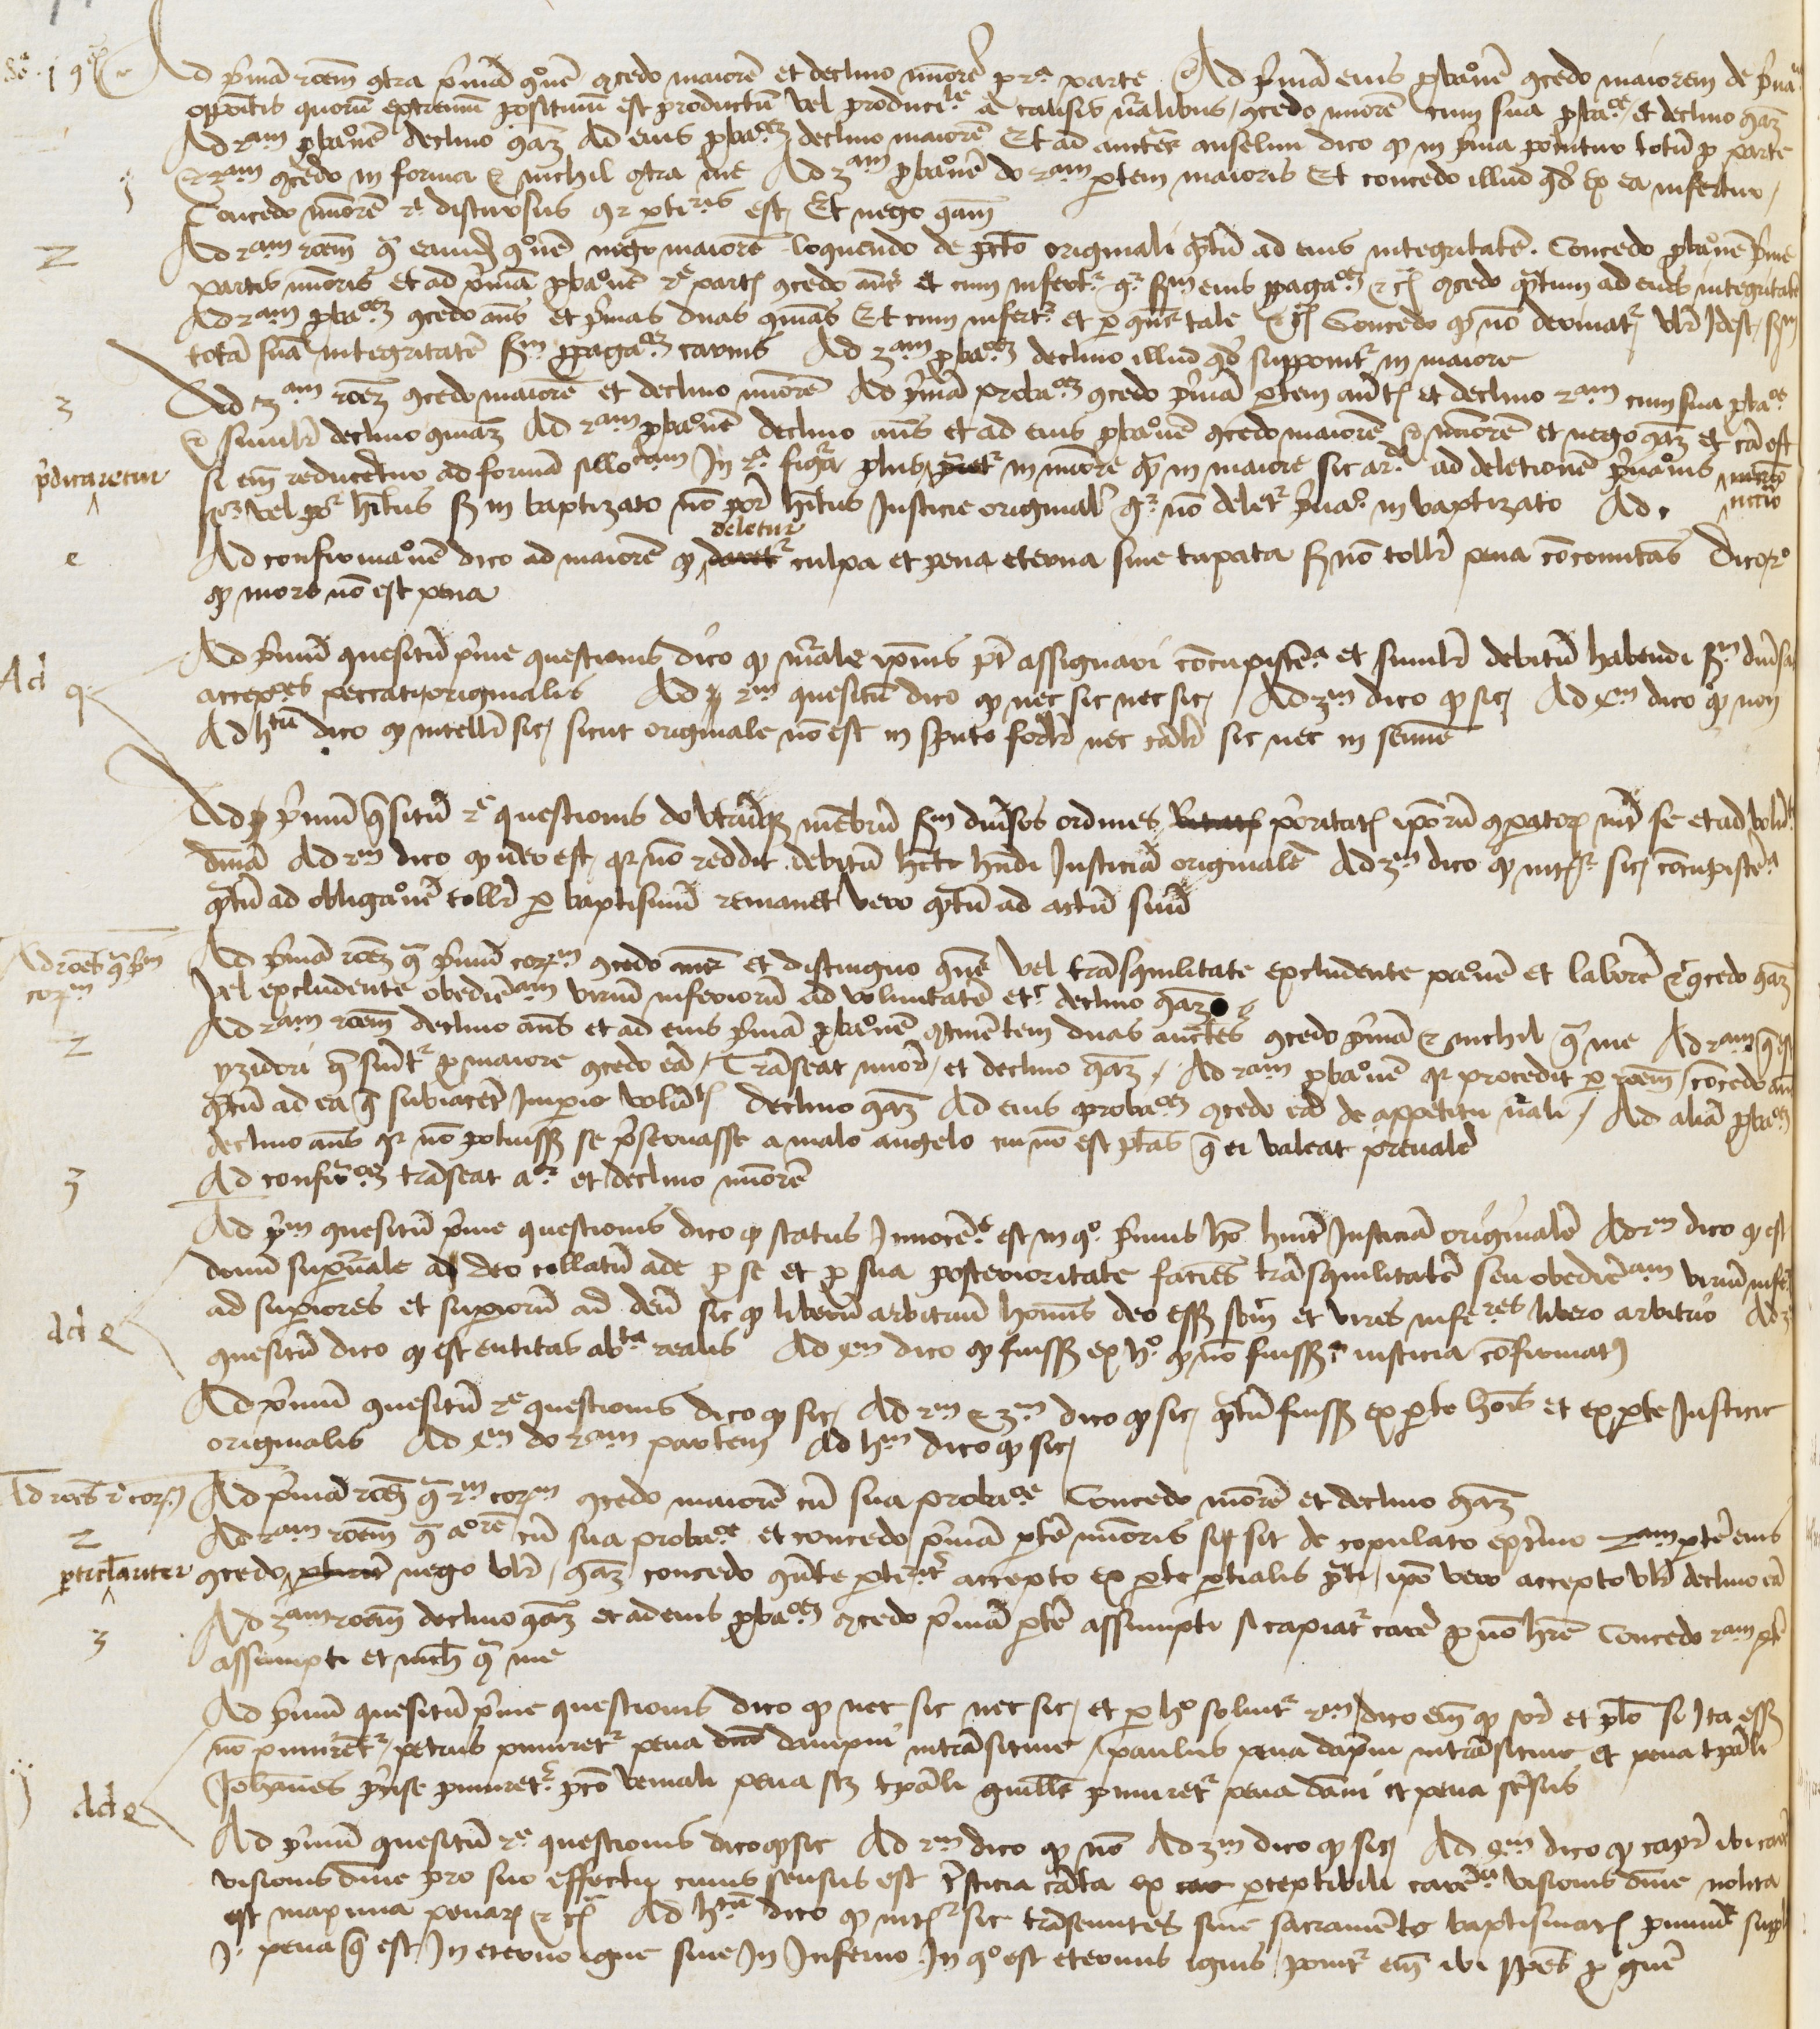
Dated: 1450–1474